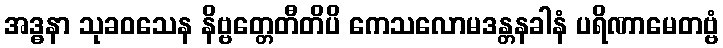
အဒ္ဓနာ သုခဝသေန နိဗ္ဗတ္တေတီတိပိ ကေသလောမဒန္တနခါနံ ပရိဏာမေတဗ္ဗံ